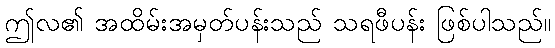
ဤလ၏ အထိမ်းအမှတ်ပန်းသည် သရဖီပန်း ဖြစ်ပါသည်။